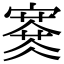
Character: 𡫜